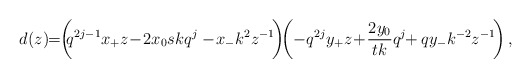
\begin{align*} d(z)\!\!=\!\! \left (\!\! q^{2j-1}x_{+}z\! -\! 2x_0skq^{j}\phantom{\frac{q^j}{s}}\!\!\!\!\!\!-\! x_{-}k^2 z^{-1}\! \right )\!\! \left ( -q^{2j}y_{+}z\! +\! \frac{2y_0 }{tk}q^{j}\!\! +qy_{-}k^{-2}z^{-1}\! \right ),\end{align*}